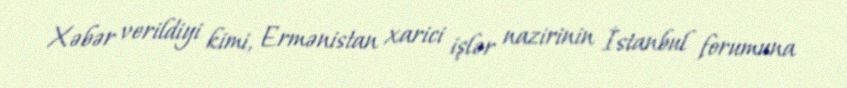
Xəbər verildiyi kimi, Ermənistan xarici işlər nazirinin İstanbul forumuna